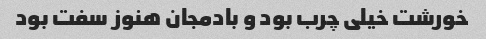
خورشت خیلی چرب بود و بادمجان هنوز سفت بود